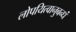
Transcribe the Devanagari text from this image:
लोपयित्वानुबन्धं